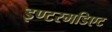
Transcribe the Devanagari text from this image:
इण्टरमडिएट